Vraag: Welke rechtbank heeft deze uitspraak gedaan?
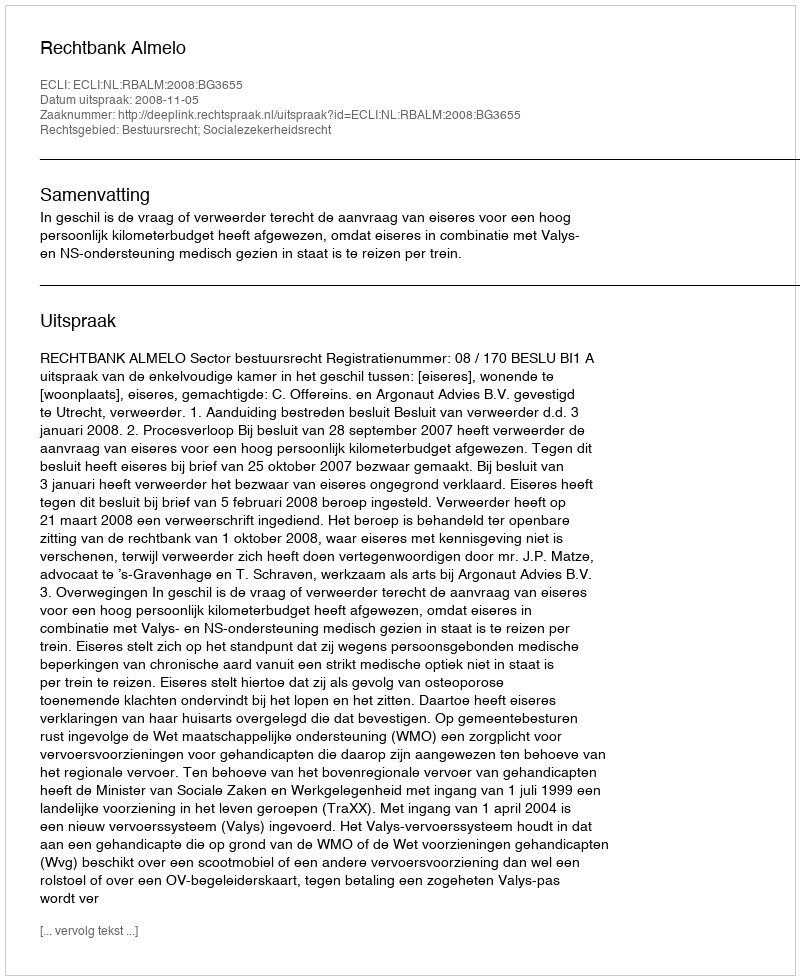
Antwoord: Rechtbank Almelo